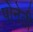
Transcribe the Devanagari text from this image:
पोनेती